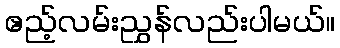
ဧည့်လမ်းညွှန်လည်းပါမယ်။